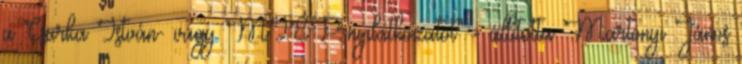
a Csurka István- vagy MIÉP-nyilatkozatot" - állította Martonyi János